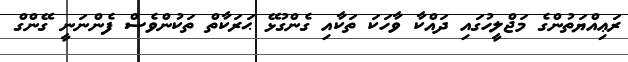
ރަޢިއްޔަތުންގެ މަޖްލީހުގައި ދައްކާ ވާހަކަ ތަކާއި ގެންގުޅޭ ޙަރަކާތް ތަކުންވެސް ފެންނަނީ ގޭންގް